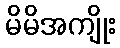
မိမိအကျိုး